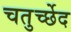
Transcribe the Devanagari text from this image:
चतुर्च्छेद